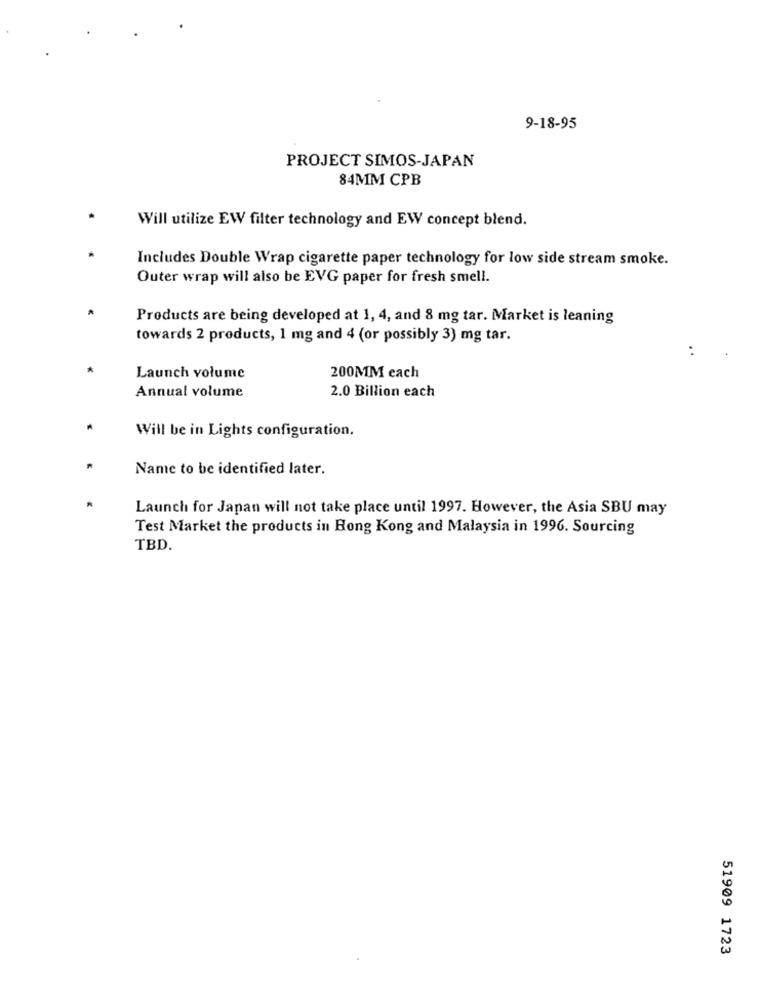
9-18-95
PROJECT SIMOS-JAPAN
84MM CPB
Will utilize EW filter technology and EW concept blend.
Includes Double Wrap cigarette paper technology for low side stream smoke.
Outer wrap will also be EVG paper for fresh smell.
Products are being developed at 1, 4, and 8 mg tar. Market is leaning
towards 2 products, 1 mg and 4 (or possibly 3) mg tar.
..
Launch volume
200MM each
Annual volume
2.0 Billion each
Will be in Lights configuration.
Name to be identified later.
*
Launch for Japan will not take place until 1997. However, the Asia SBU may
Test Market the products in Hong Kong and Malaysia in 1996. Sourcing
TBD.
51909 1723